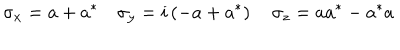
\sigma _ { x } = a + a ^ { * } \quad \sigma _ { y } = i \left( - a + a ^ { * } \right) \quad \sigma _ { z } = a a ^ { * } - a ^ { * } a